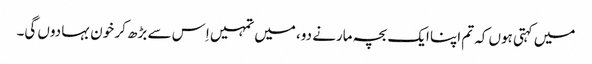
میں کہتی ہوں کہ تم اپنا ایک بچہ مارنے دو، میں تمہیں اِس سے بڑھ کر خون بہا دوں گی۔